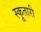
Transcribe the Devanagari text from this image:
स्कूतारी